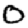
Digit: 0